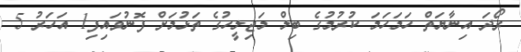
ރޯދަ އިނާޔަތް ހަމަހަމަ ކުރުމުގެ ބިލް މަޖިލީހުގެ ތަޅުމަށް ފޮނުވައިފި1 އަހަރު 5